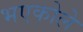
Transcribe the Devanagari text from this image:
भएकोले